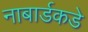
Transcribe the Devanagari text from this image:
नाबार्डकडे